School attendance. Commencing and leaving dates, 1937
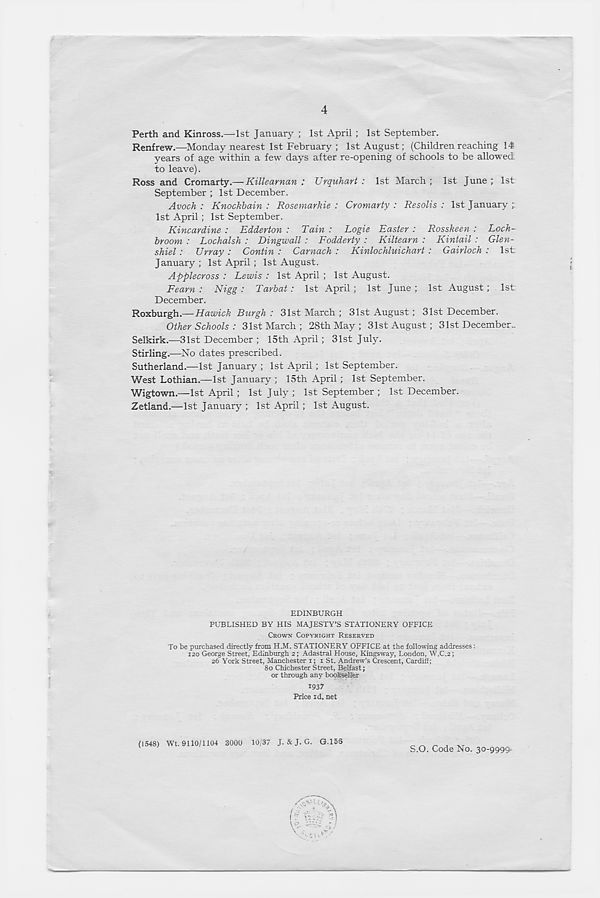
4
Perth and Kinross.—1st January ; 1st April ; 1st September.
Renfrew.—Monday nearest 1st February ; 1st August; (Children reaching 14
years of age within a few days after re-opening of schools to be allowed
to leave).
Ross and Cromarty.— Killearnan : Urquhart : 1st March ; 1st June ; 1st
September ; 1st December.
Avoch : Knockbain : Rosemarkie : Cromarty : Resolis : 1st January ;;
1st April ; 1st September.
Kincardine : Edderton : Tain : Logie Easter : Rosskeen : Loch-
broom : Lochalsh : Dingwall : Fodderty : Kiltearn : Kintail : Glen-
shiel : Urray : Contin : Carnach : Kinlochluichart : Gairloch : 1st
January ; 1st April ; 1st August.
Applecross : Lewis : 1st April ; 1st August.
Fearn : Nigg : Tarbat: 1st April ; 1st June ; 1st August; 1st:
December.
Roxburgh.— Hawick Burgh : 31st March ; 31st August ; 31st December.
Other Schools : 31st March; 28th May ; 31st August; 31st December^
Selkirk.—31st December ; 15th April; 31st July.
Stirling.—No dates prescribed.
Sutherland.—1st January ; 1st April ; 1st September.
West Lothian.—1st January ; 15th April ; 1st September.
Wigtown.—1st April ; 1st July ; 1st September ; 1st December.
Zetland.—1st January ; 1st April ; 1st August.
EDINBURGH
PUBLISHED BY HIS MAJESTY’S STATIONERY OFFICE
CROWN COPYRIGHT RESERVED
To be purchased directly from H.M. STATIONERY OFFICE at the following addresses:
120 George Street, Edinburgh 2; Adastral House, Kingsway, London, W.C.2;
26 York Street, Manchester 1; 1 St. Andrew’s Crescent, Cardiff;
80 Chichester Street, Belfast;
or through any bookseller
1937
Price id. net
(1548) Wt. 9110/1104 3000 10/37 J. & J. G. G.15S
S.O. Code No. 30-9999.